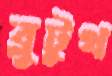
ব্লুটুথ